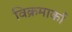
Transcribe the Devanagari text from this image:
विक्रमार्का